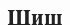
Шиш